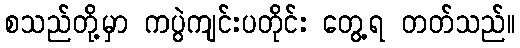
စသည်တို့မှာ ကပွဲကျင်းပတိုင်း တွေ့ရ တတ်သည်။